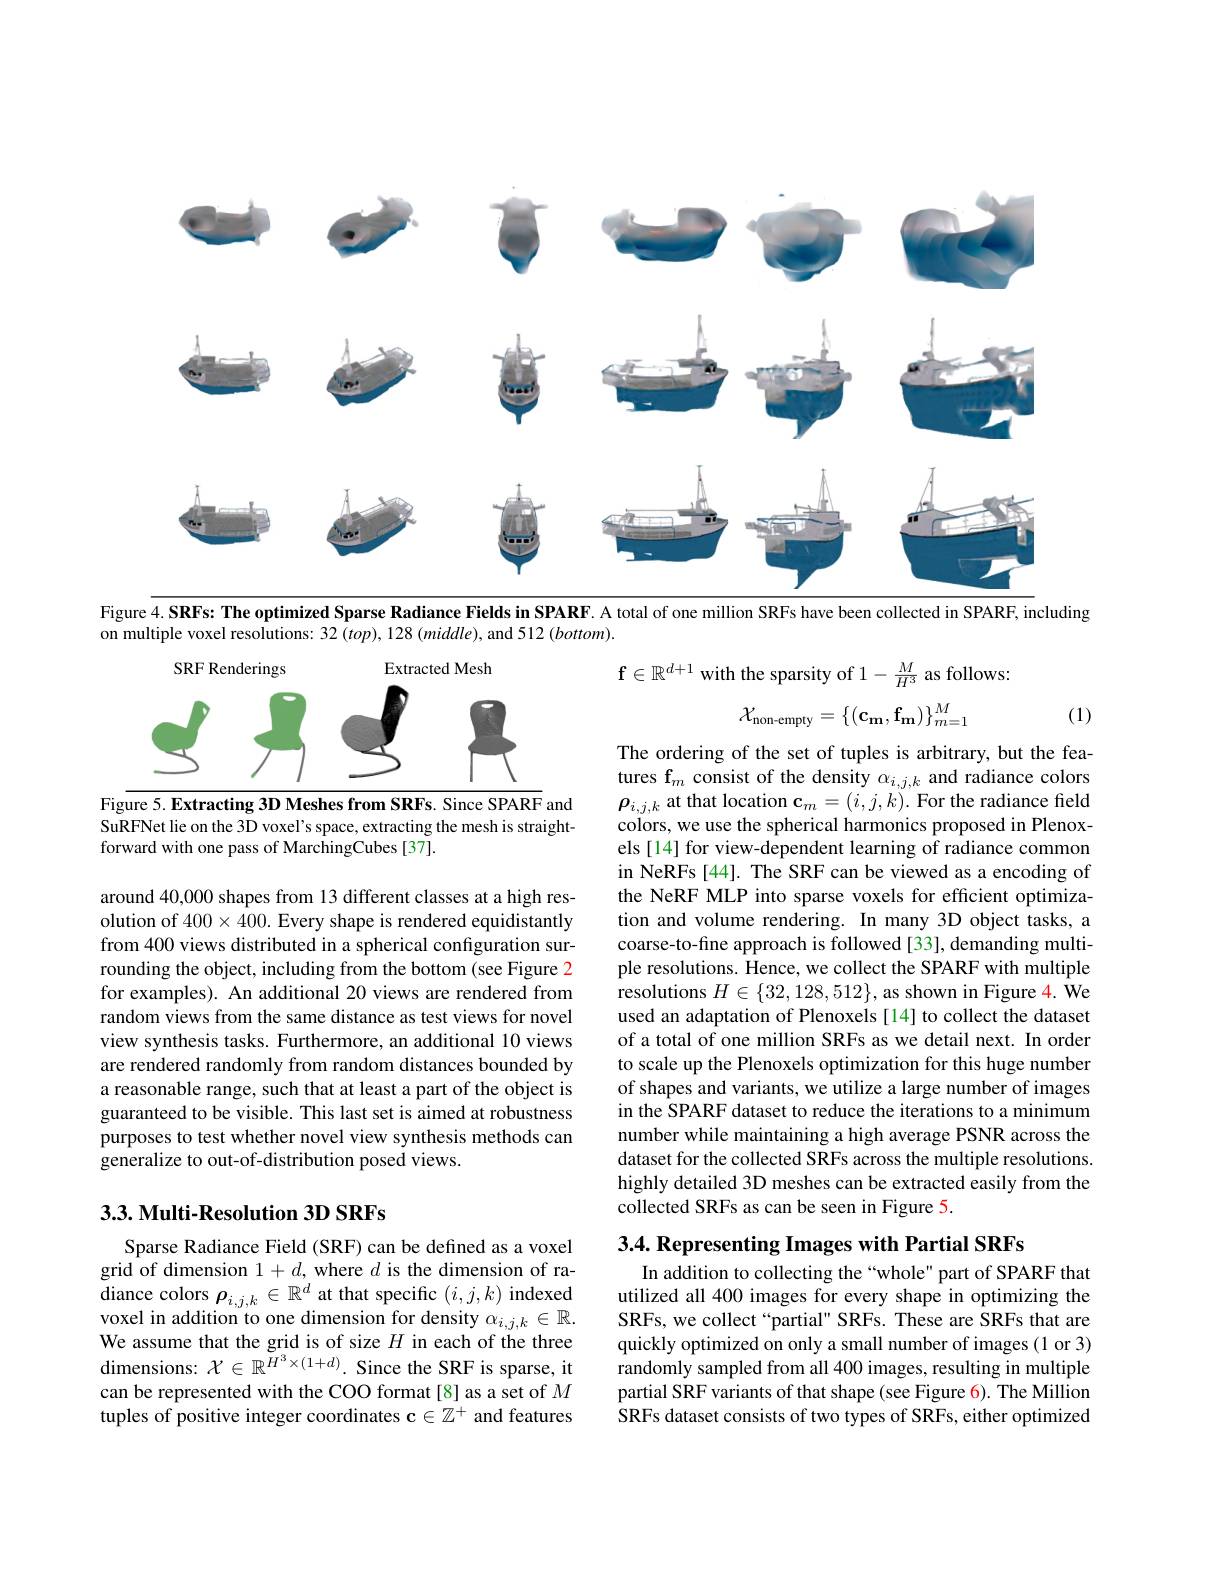
<FigureHere>
Figure 4. SRFs: The optimized Sparse Radiance Fields in SPARF. A total of one million SRFs have been collected in SPARF, including

on multiple voxel resolutions: 32 (top), 128 (middle), and 512 (bottom).

$\mathbf{f}\in\mathbb{R}^{d+1}$ with the sparsity of $1-\frac M{H^3}$ as follows:
$$\mathcal{X}_{\text{non-empty}}=\{(\mathbf{c_m},\mathbf{f_m})\}_{m=1}^M$$
(1)

<FigureHere>

Figure 5. Extracting 3D Meshes from SRFs. Since SPARF and SuRFNet lie on the 3D voxel's space, extracting the mesh is straightforward with one pass of MarchingCubes [37].

The ordering of the set of tuples is arbitrary, but the features f$_m$ consist of the density $\alpha_i,j,k$ and radiance colors $\rho_{i,j,k}$ at that location $\mathbf{c}_m=(i,j,k).$ For the radiance field colors, we use the spherical harmonics proposed in Plenoxels [14] for view-dependent learning of radiance common in NeRFs [44]. The SRF can be viewed as a encoding of the NeRF MLP into sparse voxels for efficient optimization and volume rendering. In many 3D object tasks, a coarse-to-fine approach is followed [33], demanding multiple resolutions. Hence, we collect the SPARF with multiple resolutions $H\in\{32,128,512\}$, as shown in Figure 4. We used an adaptation of Plenoxels [14] to collect the dataset of a total of one million SRFs as we detail next. In order to scale up the Plenoxels optimization for this huge number of shapes and variants, we utilize a large number of images in the SPARF dataset to reduce the iterations to a minimum number while maintaining a high average PSNR across the dataset for the collected SRFs across the multiple resolutions. highly detailed 3D meshes can be extracted easily from the collected SRFs as can be seen in Figure 5.

around 40,000 shapes from 13 different classes at a high resolution of $400\times400.$ Every shape is rendered equidistantly from 400 views distributed in a spherical configuration surrounding the object, including from the bottom (see Figure 2 for examples). An additional 20 views are rendered from random views from the same distance as test views for novel view synthesis tasks. Furthermore, an additional 10 views are rendered randomly from random distances bounded by a reasonable range, such that at least a part of the object is guaranteed to be visible. This last set is aimed at robustness purposes to test whether novel view synthesis methods can generalize to out-of-distribution posed views.

## 3.3. Multi-Resolution 3D SRFs

3.4. Representing Images with Partial SRFs

Sparse Radiance Field (SRF) can be defined as a voxel grid of dimension $1+d$,where $d$ is the dimension of radiance colors $\rho_{i,j,k}\in\mathbb{R}^d$ at that specific $(i,j,k)$ indexed voxel in addition to one dimension for density $\alpha_i,j,k\in\mathbb{R}.$ We assume that the grid is of size $H$ in each of the three dimensions: $\mathcal{X}\in\mathbb{R}^{H^3\times(1+d)}.$ Since the SRF is sparse, it can be represented with the COO format [8] as a set of $M$ tuples of positive integer coordinates $\mathbf{c}\in\mathbb{Z}^+$ and features

In addition to collecting the“whole” part of SPARF that utilized all 400 images for every shape in optimizing the SRFs, we collect“partial” SRFs. These are SRFs that are quickly optimized on only a small number of images (1 or 3) randomly sampled from all 400 images, resulting in multiple partial SRF variants of that shape (see Figure 6). The Million $\hat{\text{SRFs dataset consists of two types of SRFs, either optimized}}$